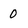
Character: 0